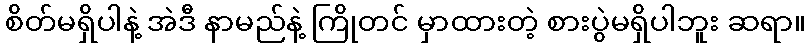
စိတ်မရှိပါနဲ့ အဲဒီ နာမည်နဲ့ ကြိုတင် မှာထားတဲ့ စားပွဲမရှိပါဘူး ဆရာ။